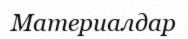
Материалдар